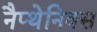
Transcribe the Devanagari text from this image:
नैप्थेनिक्स